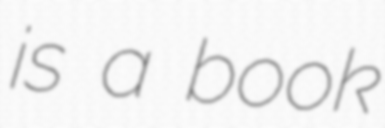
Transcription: is a book